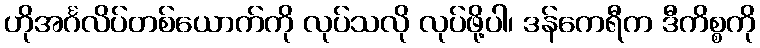
ဟိုအင်္ဂလိပ်တစ်ယောက်ကို လုပ်သလို လုပ်ဖို့ပါ၊ ဒန်ကေရီက ဒီကိစ္စကို